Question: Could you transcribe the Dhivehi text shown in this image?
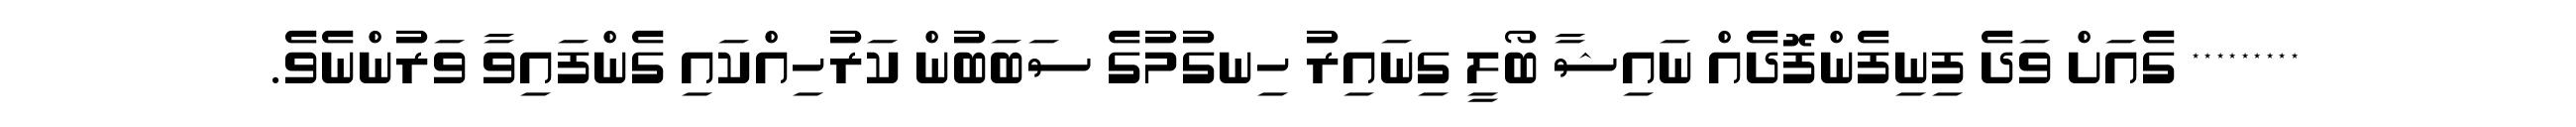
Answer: ********* ގެއަށް ވަދެ ފިނިފެންފޮދެއް ނައިޝާ ބޯލީ ގިނައިރު ހިނގުމުގެ ސަބަބުން ކަރުހިއްކައި ގެންފައިވާ ވަރުންނެވެ.